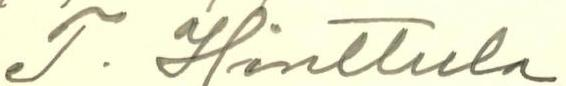
T. Hinttula